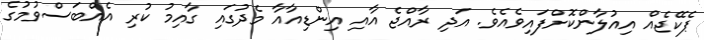
ޕެކޭޖެއް އިއުލާންކޮށްފައިވެއެވެ. އަދި ރާއްޖެ އާއި އިންޑިއާއާ މެދުގައި ގާއިމު ކުރި އެއްބަސްވުމުގެ